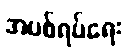
အပစ်ရပ်ရေး